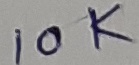
Text: 10K